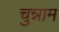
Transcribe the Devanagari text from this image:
चुन्नाम